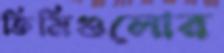
তিমিগুলোর